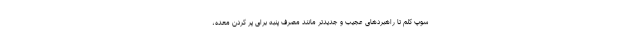
سوپ کلم تا راهبردهای عجیب و جدیدتر مانند مصرف پنبه برای پر کردن معده،